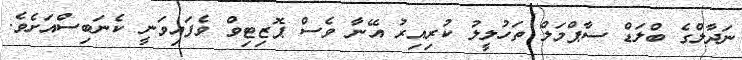
ނަދާލްގެ ބްލަޑް ސާޕްމަލް ތަހުލީލު ކުރިއިރު އޭނާ ވެސް ޕޮޒިޓިވް ވެފައިވަނީ ކެނަބިސްއަށެވެ.